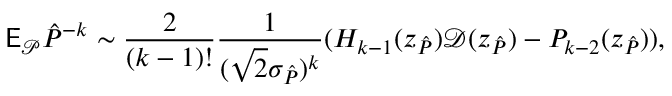
\mathsf E _ { \mathcal P } \hat { P } ^ { - k } \sim \frac { 2 } { ( k - 1 ) ! } \frac { 1 } { ( \sqrt 2 \sigma _ { \hat { P } } ) ^ { k } } ( H _ { k - 1 } ( z _ { \hat { P } } ) \mathcal D ( z _ { \hat { P } } ) - P _ { k - 2 } ( z _ { \hat { P } } ) ) ,